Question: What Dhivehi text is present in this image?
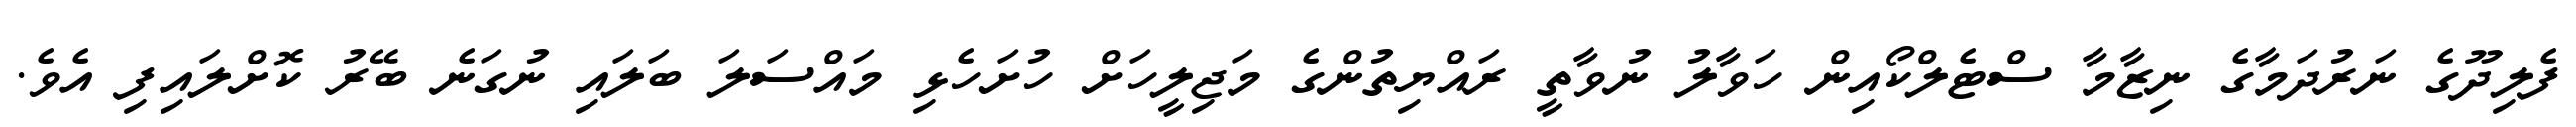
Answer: ފެލިދޫގެ ނަރުދަމާގެ ނިޒާމާ ސްޓެލްކޯއިން ހަވާލު ނުވާތީ ރައްޔިތުންގެ މަޖިލީހަށް ހުށަހެޅި މައްސަލަ ބަލައި ނުގަނެ ބޭރު ކޮށްލައިފި އެވެ.